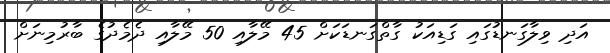
އަދި ވިލާގަނޑުގައި ގަޑިއަކު ގާތްގަނޑަކަށް 45 މޭލާއި 50 މޭލާއި ދެމެދުގެ ބާރުމިނަށް